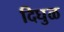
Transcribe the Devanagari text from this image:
दिघुळ